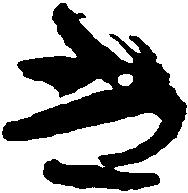
き